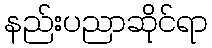
နည်းပညာဆိုင်ရာ